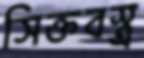
সিক্তবস্ত্র